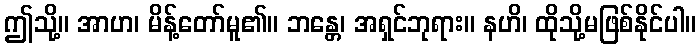
ဤသို့။ အာဟ၊ မိန့်တော်မူ၏။ ဘန္တေ၊ အရှင်ဘုရား။ နဟိ၊ ထိုသို့မဖြစ်နိုင်ပါ။